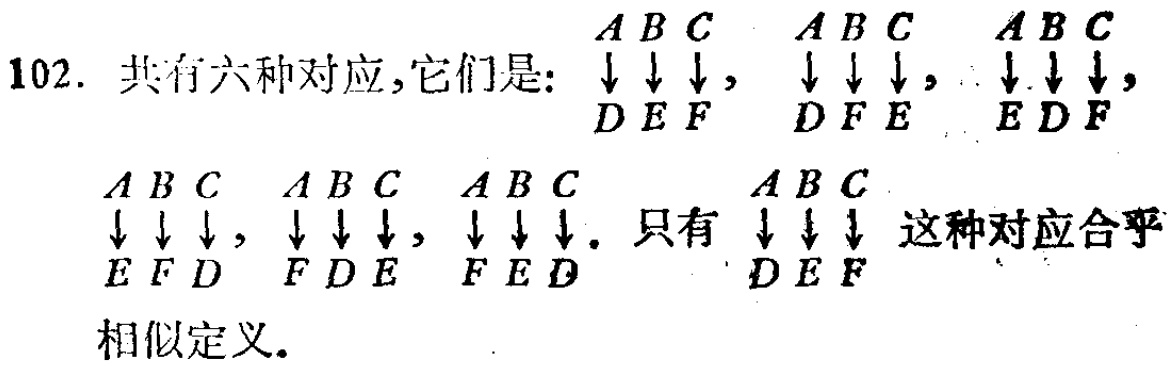
102. 共有六种对应,它们是:

\(\begin{matrix}

A&B&C\\

\downarrow&\downarrow&\downarrow\\

D&E&F

\end{matrix}\), \(\begin{matrix}

A&B&C\\

\downarrow&\downarrow&\downarrow\\

D&F&E

\end{matrix}\), \(\begin{matrix}

A&B&C\\

\downarrow&\downarrow&\downarrow\\

E&D&F

\end{matrix}\),

\(\begin{matrix}

A&B&C\\

\downarrow&\downarrow&\downarrow\\

E&F&D

\end{matrix}\), \(\begin{matrix}

A&B&C\\

\downarrow&\downarrow&\downarrow\\

F&D&E

\end{matrix}\), \(\begin{matrix}

A&B&C\\

\downarrow&\downarrow&\downarrow\\

F&E&D

\end{matrix}\). 只有\(\begin{matrix}

A&B&C\\

\downarrow&\downarrow&\downarrow\\

D&E&F

\end{matrix}\) 这种对应合乎

相似定义.